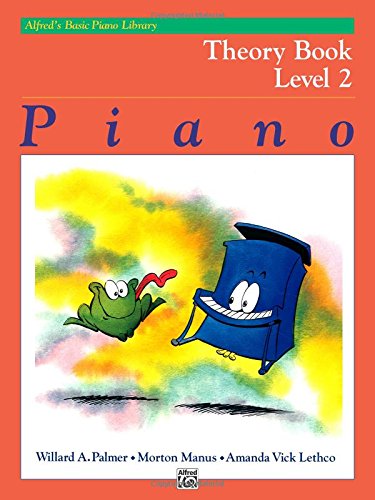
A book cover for Alfred's Basic Piano Library Theory Book: Level 2; Willard Palmer; Humor & Entertainment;